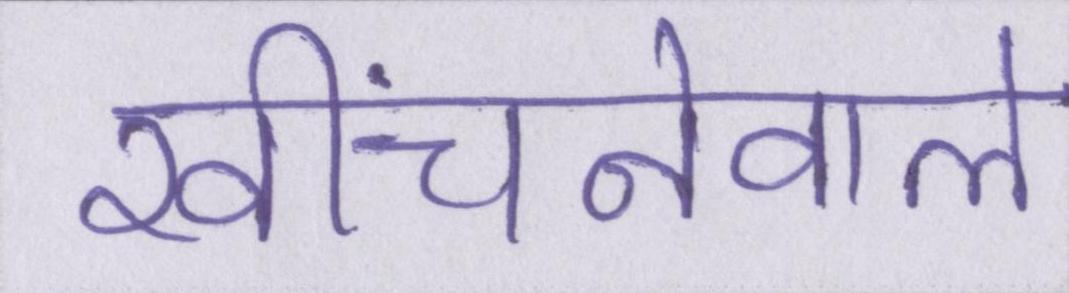
खींचनेवाले